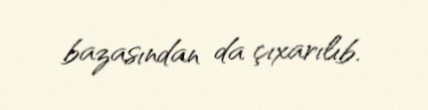
bazasından da çıxarılıb.